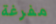
مفرغة